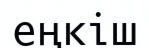
еңкіш